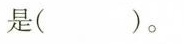
是( )。